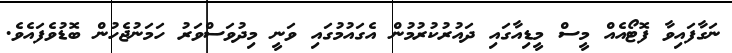
ނަގާފައިވާ ފޮޓޯއެއް މީސް މީޑިއާގައި ދައުރުކުރުމުން އެގައުމުގައި ވަނީ މިދުވަސްވަރު ހަމަނުޖެހުން ބޮޑުވެފައެވެ.